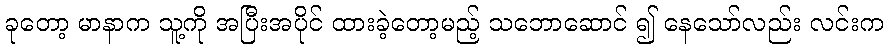
ခုတော့ မာနာက သူ့ကို အပြီးအပိုင် ထားခဲ့တော့မည့် သဘောဆောင် ၍ နေသော်လည်း လင်းက